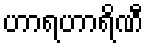
ဟာရဟာရိဏီ